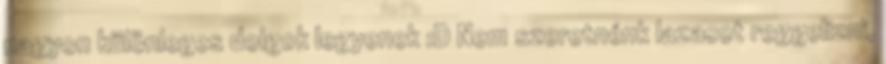
nagyon különleges dolgok legyenek :D Nem szeretnénk lazacot reggelizni,